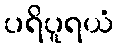
ပရိပူရယံ